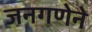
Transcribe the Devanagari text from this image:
जनगणेने